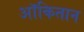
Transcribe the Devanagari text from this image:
ऑकितान